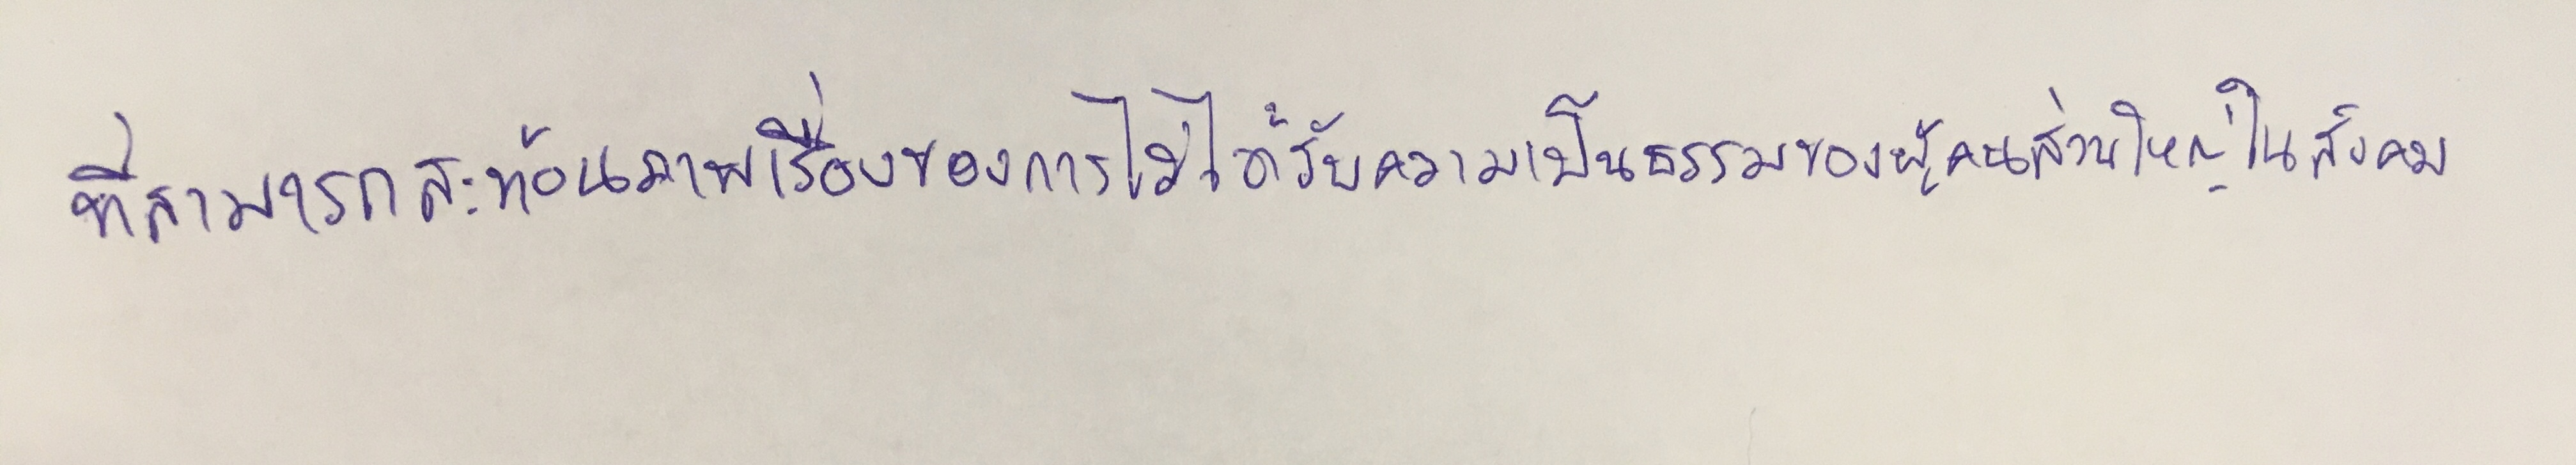
ที่สามารถสะท้อนภาพเรื่องของการไม่ได้รับความเป็นธรรมของผู้คนส่วนใหญ่ในสังคม